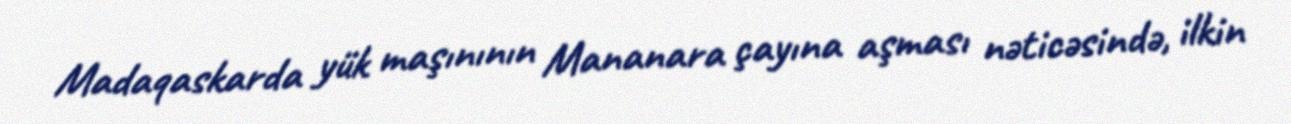
Madaqaskarda yük maşınının Mananara çayına aşması nəticəsində, ilkin